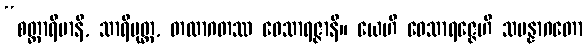
“စတ္တာရိမာနိ, သာရိပုတ္တ, တထာဂတဿ ဝေသာရဇ္ဇာနိ။ ယေဟိ ဝေသာရဇ္ဇေဟိ သမန္နာဂတော